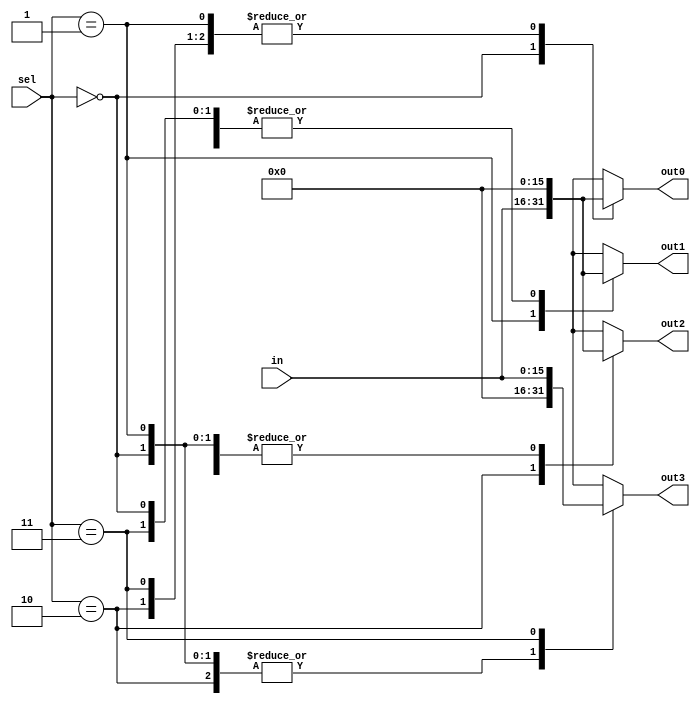
//------------------------------------------------------------+
// Project: Programmable Accelerator
// Module: demux4
// Description:
//		demux4
//		
//
// History: 2022.10.02 by Min-Gyu Park (alsrbok@snu.ac.kr)
//------------------------------------------------------------+

`timescale 1ns / 1ps

module demux4 #( parameter WIDTH = 16)
	(
    input [WIDTH-1:0] in,
    input [1:0] sel,
    output reg [WIDTH-1:0] out0,
    output reg [WIDTH-1:0] out1,
    output reg [WIDTH-1:0] out2,
    output reg [WIDTH-1:0] out3
    );
	
	always@(*)begin
        case(sel)
            2'b00:
            begin
                out0=in; out1={WIDTH{1'b0}}; out2={WIDTH{1'b0}}; out3={WIDTH{1'b0}};
            end
            2'b01:
            begin
                out0={WIDTH{1'b0}}; out1=in; out2={WIDTH{1'b0}}; out3={WIDTH{1'b0}};
            end
            2'b10:
            begin
                out0={WIDTH{1'b0}}; out1={WIDTH{1'b0}}; out2=in; out3={WIDTH{1'b0}};
            end
            2'b11:
            begin
                out0={WIDTH{1'b0}}; out1={WIDTH{1'b0}}; out2={WIDTH{1'b0}}; out3=in;
            end
        endcase
    end
	
endmodule